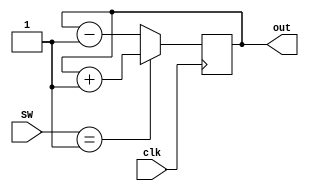
`timescale 1ns / 1ps
//////////////////////////////////////////////////////////////////////////////////
// Company: 
// Engineer: 
// 
// Design Name: 
// Module Name: counter
// Project Name: 
// Target Devices: 
// Tool Versions: 
// Description: 
// 
// Dependencies: 
// 
// Revision:
// Revision 0.01 - File Created
// Additional Comments:
// 
//////////////////////////////////////////////////////////////////////////////////


module counter(clk, out, SW);
input clk;                    // 
input [2:0]SW;
output reg [2:0] out;             // 


always @(posedge clk)  begin  // 1 
        
        if(SW == 1)
            out <= out+1;
        else 
            out <= out-1;
        
        //out <= out+flag;
                           // 
end                           
endmodule